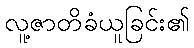
လူ့ဇာတိခံယူခြင်း၏